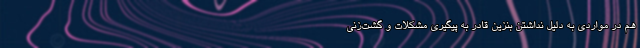
هم در مواردی به دلیل نداشتن بنزین قادر به پیگیری مشکلات و گشت‌زنی